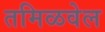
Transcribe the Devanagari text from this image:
तमिळवेल